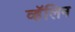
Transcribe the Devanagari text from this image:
व्हॅलिन